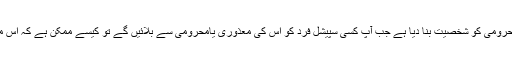
انہوں نے کہا کہ ہم نے معذوری اور محرومی کو شخصیت بنا دیا ہے جب آپ کسی سپیشل فرد کو اس کی معذوری یامحرومی سے بلائیں گے تو کیسے ممکن ہے کہ اس میں سے احساس محرومی ختم ہو سکے۔